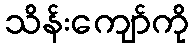
သိန်းကျော်ကို